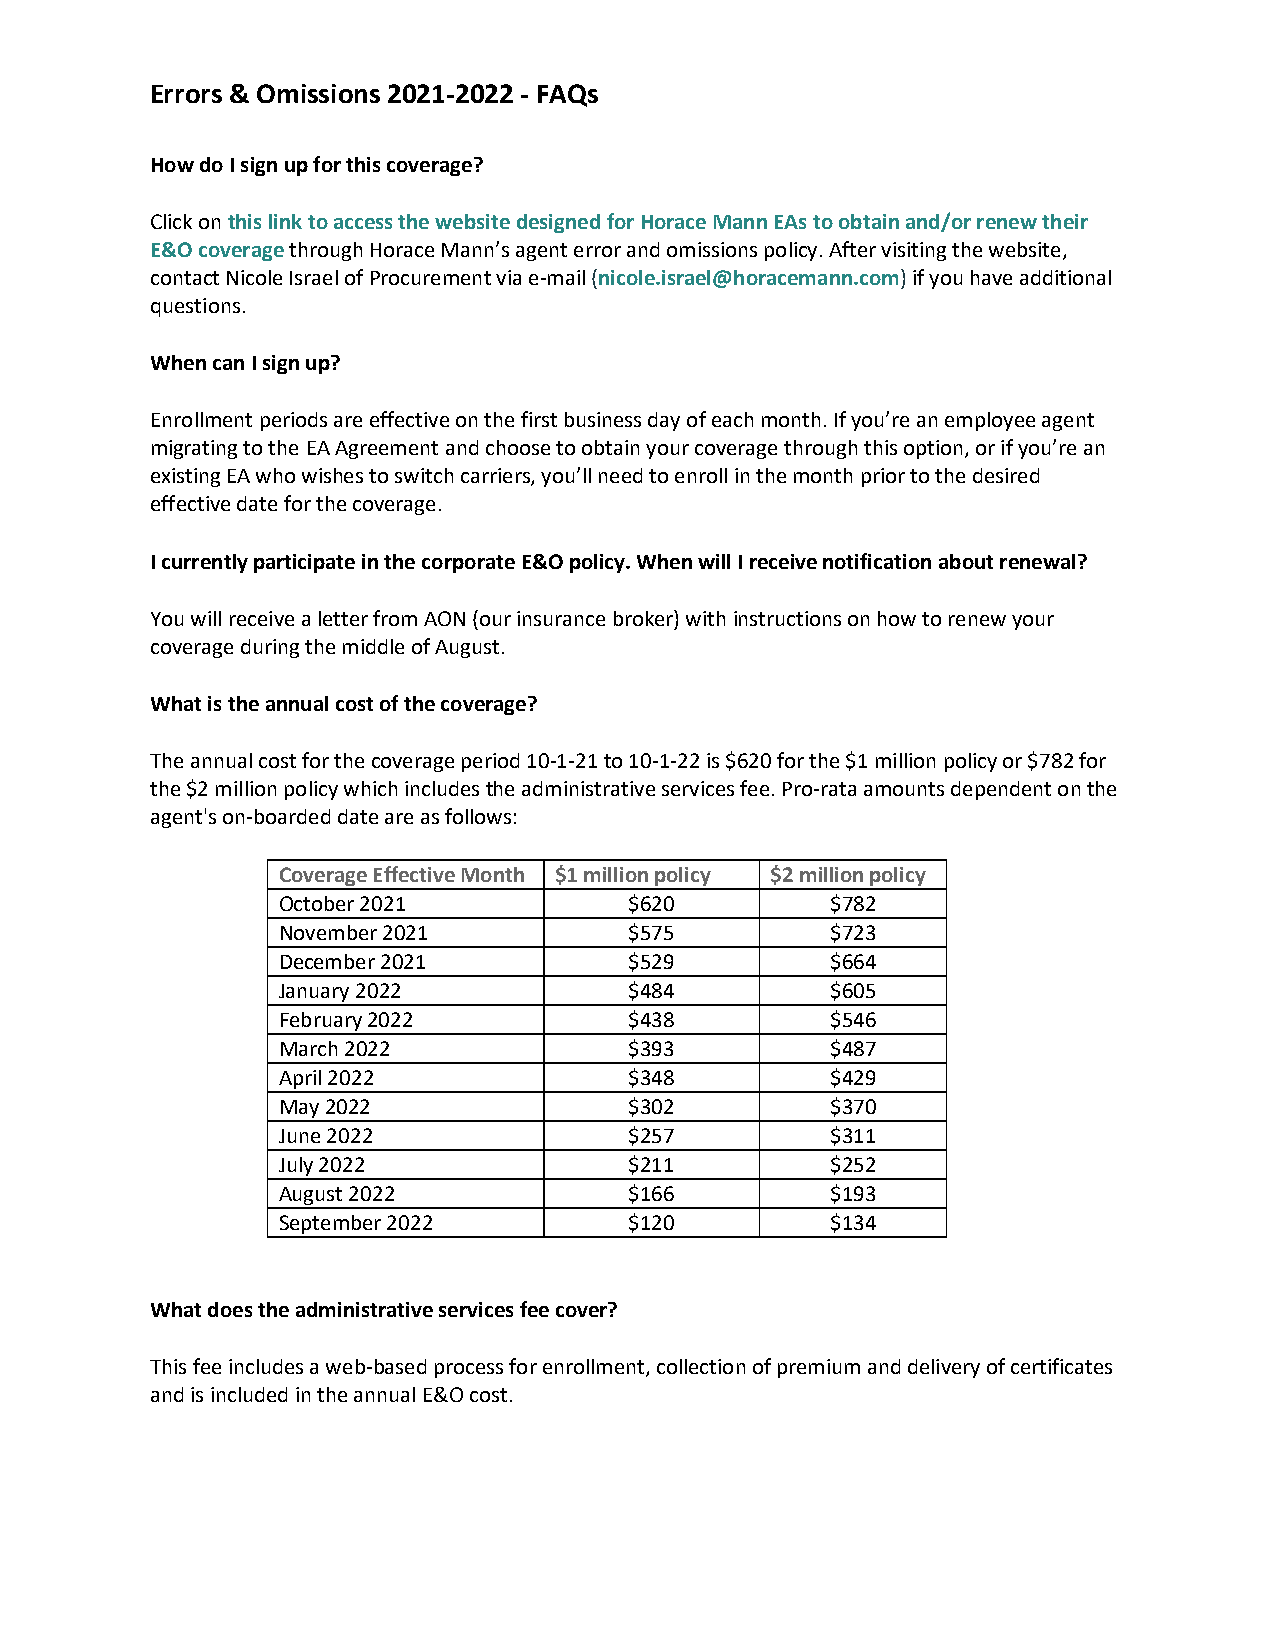
Errors & Omissions 2021-2022 - FAQs
 How do I sign up for this coverage?
 Click on this link to access the website designed for Horace Mann EAs to obtain and/or renew their
 E&O coverage through Horace Mann’s agent error and omissions policy. After visiting the website,
 contact Nicole Israel of Procurement via e-mail (nicole.israel@horacemann.com) if you have additional
 questions.
 When can I sign up?
 Enrollment periods are effective on the first business day of each month. If you’re an employee agent
 migrating to the EA Agreement and choose to obtain your coverage through this option, or if you’re an
 existing EA who wishes to switch carriers, you’ll need to enroll in the month prior to the desired
 effective date for the coverage.
 I currently participate in the corporate E&O policy. When will I receive notification about renewal?
 You will receive a letter from AON (our insurance broker) with instructions on how to renew your
 coverage during the middle of August.
 What is the annual cost of the coverage?
 The annual cost for the coverage period 10-1-21 to 10-1-22 is $620 for the $1 million policy or $782 for
 the $2 million policy which includes the administrative services fee. Pro-rata amounts dependent on the
 agent's on-boarded date are as follows:
 Coverage Effective Month $1 million policy $2 million policy
 October 2021            $620         $782
 November 2021           $575         $723
 December 2021           $529         $664
 January 2022            $484         $605
 February 2022           $438         $546
 March 2022              $393         $487
 April 2022              $348         $429
 May 2022                $302         $370
 June 2022               $257         $311
 July 2022               $211         $252
 August 2022             $166         $193
 September 2022          $120         $134
 What does the administrative services fee cover?
 This fee includes a web-based process for enrollment, collection of premium and delivery of certificates
 and is included in the annual E&O cost.